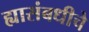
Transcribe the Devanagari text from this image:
ह्यासंबधीचे